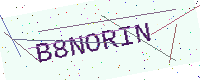
Text: B8NORIN